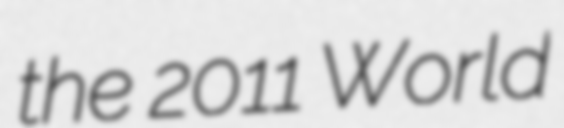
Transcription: the 2011 World